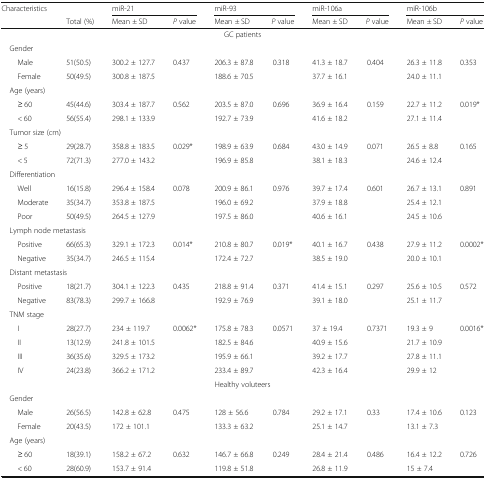
<table><thead><tr><td rowspan="2"><b>Characteristics</b></td><td></td><td colspan="2"><b>miR-21</b></td><td colspan="2"><b>miR-93</b></td><td colspan="2"><b>miR-106a</b></td><td colspan="2"><b>miR-106b</b></td></tr><tr><td><b>Total (%)</b></td><td><b>Mean ± SD</b></td><td><b><i>P</i> value</b></td><td><b>Mean ± SD</b></td><td><b><i>P</i> value</b></td><td><b>Mean ± SD</b></td><td><b><i>P</i> value</b></td><td><b>Mean ± SD</b></td><td><b><i>P</i> value</b></td></tr></thead><tbody><tr><td colspan="10">GC patients</td></tr><tr><td colspan="10"> Gender</td></tr><tr><td>Male</td><td>51(50.5)</td><td>300.2 ± 127.7</td><td rowspan="2">0.437</td><td>206.3 ± 87.8</td><td rowspan="2">0.318</td><td>41.3 ± 18.7</td><td rowspan="2">0.404</td><td>26.3 ± 11.8</td><td rowspan="2">0.353</td></tr><tr><td>Female</td><td>50(49.5)</td><td>300.8 ± 187.5</td><td>188.6 ± 70.5</td><td>37.7 ± 16.1</td><td>24.0 ± 11.1</td></tr><tr><td colspan="10"> Age (years)</td></tr><tr><td>≥ 60</td><td>45(44.6)</td><td>303.4 ± 187.7</td><td rowspan="2">0.562</td><td>203.5 ± 87.0</td><td rowspan="2">0.696</td><td>36.9 ± 16.4</td><td rowspan="2">0.159</td><td>22.7 ± 11.2</td><td rowspan="2">0.019*</td></tr><tr><td>&lt; 60</td><td>56(55.4)</td><td>298.1 ± 133.9</td><td>192.7 ± 73.9</td><td>41.6 ± 18.2</td><td>27.1 ± 11.4</td></tr><tr><td colspan="10"> Tumor size (cm)</td></tr><tr><td>≥ 5</td><td>29(28.7)</td><td>358.8 ± 183.5</td><td rowspan="2">0.029*</td><td>198.9 ± 63.9</td><td rowspan="2">0.684</td><td>43.0 ± 14.9</td><td rowspan="2">0.071</td><td>26.5 ± 8.8</td><td rowspan="2">0.165</td></tr><tr><td>&lt; 5</td><td>72(71.3)</td><td>277.0 ± 143.2</td><td>196.9 ± 85.8</td><td>38.1 ± 18.3</td><td>24.6 ± 12.4</td></tr><tr><td colspan="10"> Differentiation</td></tr><tr><td>Well</td><td>16(15.8)</td><td>296.4 ± 158.4</td><td rowspan="3">0.078</td><td>200.9 ± 86.1</td><td rowspan="3">0.976</td><td>39.7 ± 17.4</td><td rowspan="3">0.601</td><td>26.7 ± 13.1</td><td rowspan="3">0.891</td></tr><tr><td>Moderate</td><td>35(34.7)</td><td>353.8 ± 187.5</td><td>196.0 ± 69.2</td><td>37.9 ± 18.8</td><td>25.4 ± 12.1</td></tr><tr><td>Poor</td><td>50(49.5)</td><td>264.5 ± 127.9</td><td>197.5 ± 86.0</td><td>40.6 ± 16.1</td><td>24.5 ± 10.6</td></tr><tr><td colspan="10"> Lymph node metastasis</td></tr><tr><td>Positive</td><td>66(65.3)</td><td>329.1 ± 172.3</td><td rowspan="2">0.014*</td><td>210.8 ± 80.7</td><td rowspan="2">0.019*</td><td>40.1 ± 16.7</td><td rowspan="2">0.438</td><td>27.9 ± 11.2</td><td rowspan="2">0.0002*</td></tr><tr><td>Negative</td><td>35(34.7)</td><td>246.5 ± 115.4</td><td>172.4 ± 72.7</td><td>38.5 ± 19.0</td><td>20.0 ± 10.1</td></tr><tr><td colspan="10"> Distant metastasis</td></tr><tr><td>Positive</td><td>18(21.7)</td><td>304.1 ± 122.3</td><td rowspan="2">0.435</td><td>218.8 ± 91.4</td><td rowspan="2">0.371</td><td>41.4 ± 15.1</td><td rowspan="2">0.297</td><td>25.6 ± 10.5</td><td rowspan="2">0.572</td></tr><tr><td>Negative</td><td>83(78.3)</td><td>299.7 ± 166.8</td><td>192.9 ± 76.9</td><td>39.1 ± 18.0</td><td>25.1 ± 11.7</td></tr><tr><td colspan="10"> TNM stage</td></tr><tr><td>I</td><td>28(27.7)</td><td>234 ± 119.7</td><td rowspan="4">0.0062*</td><td>175.8 ± 78.3</td><td rowspan="4">0.0571</td><td>37 ± 19.4</td><td rowspan="4">0.7371</td><td>19.3 ± 9</td><td rowspan="4">0.0016*</td></tr><tr><td>II</td><td>13(12.9)</td><td>241.8 ± 101.5</td><td>182.5 ± 84.6</td><td>40.9 ± 15.6</td><td>21.7 ± 10.9</td></tr><tr><td>III</td><td>36(35.6)</td><td>329.5 ± 173.2</td><td>195.9 ± 66.1</td><td>39.2 ± 17.7</td><td>27.8 ± 11.1</td></tr><tr><td>IV</td><td>24(23.8)</td><td>366.2 ± 171.2</td><td>233.4 ± 89.7</td><td>42.3 ± 16.4</td><td>29.9 ± 12</td></tr><tr><td colspan="10">Healthy voluteers</td></tr><tr><td colspan="10"> Gender</td></tr><tr><td>Male</td><td>26(56.5)</td><td>142.8 ± 62.8</td><td rowspan="2">0.475</td><td>128 ± 56.6</td><td rowspan="2">0.784</td><td>29.2 ± 17.1</td><td rowspan="2">0.33</td><td>17.4 ± 10.6</td><td rowspan="2">0.123</td></tr><tr><td>Female</td><td>20(43.5)</td><td>172 ± 101.1</td><td>133.3 ± 63.2</td><td>25.1 ± 14.7</td><td>13.1 ± 7.3</td></tr><tr><td colspan="10"> Age (years)</td></tr><tr><td>≥ 60</td><td>18(39.1)</td><td>158.2 ± 67.2</td><td rowspan="2">0.632</td><td>146.7 ± 66.8</td><td rowspan="2">0.249</td><td>28.4 ± 21.4</td><td rowspan="2">0.486</td><td>16.4 ± 12.2</td><td rowspan="2">0.726</td></tr><tr><td>&lt; 60</td><td>28(60.9)</td><td>153.7 ± 91.4</td><td>119.8 ± 51.8</td><td>26.8 ± 11.9</td><td>15 ± 7.4</td></tr></tbody></table>